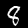
Digit: 8